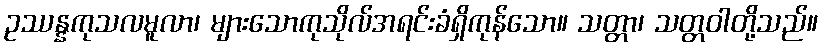
ဥဿန္နကုသလမူလာ၊ များသောကုသိုလ်အရင်းခံရှိကုန်သော။ သတ္တာ၊ သတ္တဝါတို့သည်။